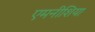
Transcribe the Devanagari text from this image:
एमनीशिया